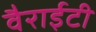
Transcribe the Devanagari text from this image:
वैराईटी